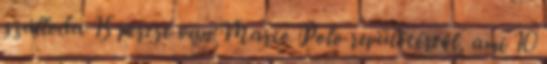
szálloda 15 percre van Marco Polo repülőtértől, ami 10